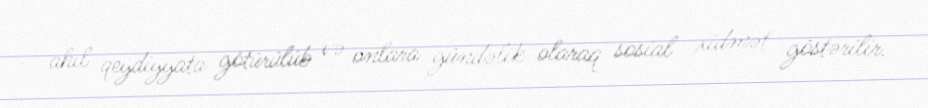
ahıl qeydiyyata götürülüb və onlara gündəlik olaraq sosial xidmət göstərilir.